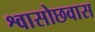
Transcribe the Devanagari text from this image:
श्वासोछवास